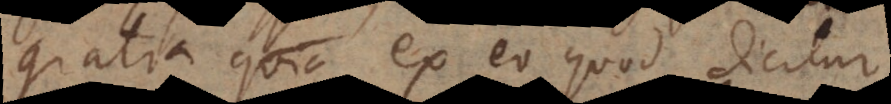
gratia ex eo quod dicitur